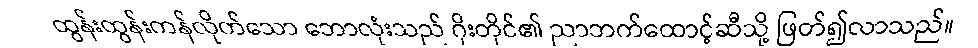
ထွန်းထွန်းကန်လိုက်သော ဘောလုံးသည် ဂိုးတိုင်၏ ညာဘက်ထောင့်ဆီသို့ ဖြတ်၍လာသည်။